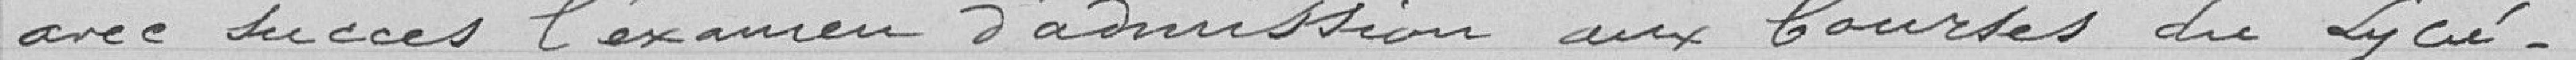
avec succès l'examen d'admission aux bourses du lycée.